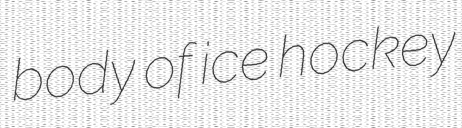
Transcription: body of ice hockey